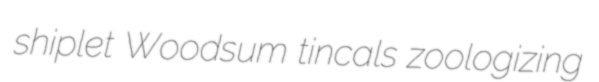
shiplet Woodsum tincals zoologizing